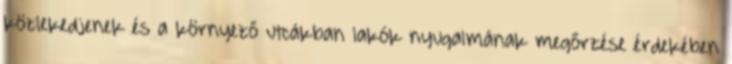
közlekedjenek és a környező utcákban lakók nyugalmának megőrzése érdekében